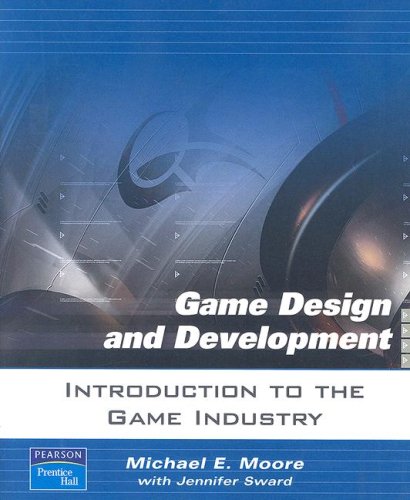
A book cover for Introduction to The Game Industry; Michael E. Moore; Computers & Technology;